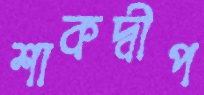
শাকদ্বীপ